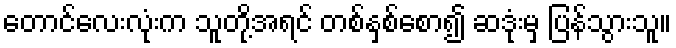
တောင်လေးလုံးက သူတို့အရင် တစ်နှစ်စော၍ ဆဒုံးမှ ပြန်သွားသူ။